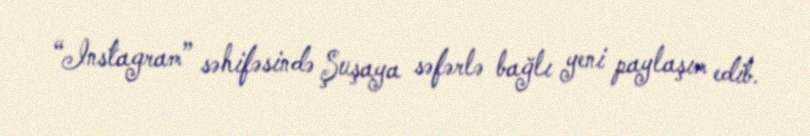
“Instagram” səhifəsində Şuşaya səfərlə bağlı yeni paylaşım edib.